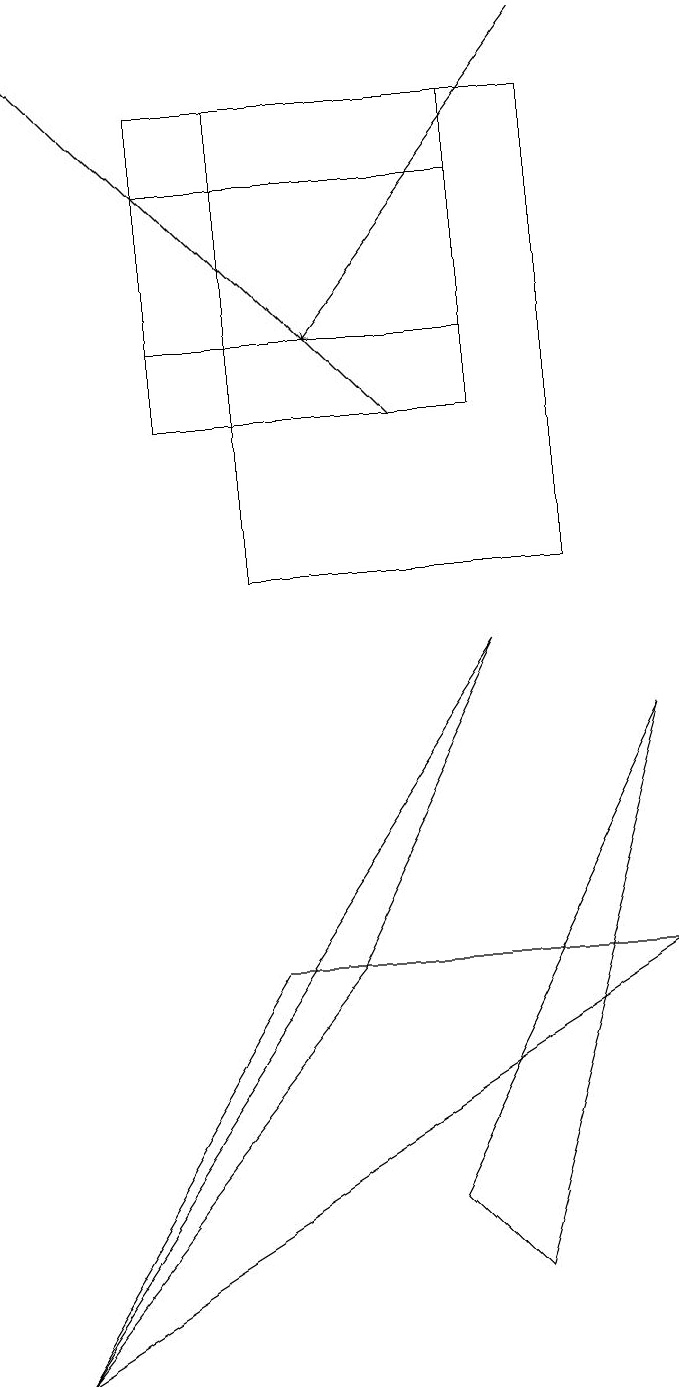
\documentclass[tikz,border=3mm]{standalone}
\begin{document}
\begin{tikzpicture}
\draw (8,16) rectangle (4,10);
\draw (3,13) rectangle (7,15);
\draw[->] (8,17) -- (5,13);
\draw (4,5) -- (9,5) -- (1,0) -- cycle;
\draw[->] (6,12) -- (1,17);
\draw (7,9) -- (5,5) -- (1,0) -- cycle;
\draw (7,1) -- (6,2) -- (9,8) -- cycle;
\draw (7,12) rectangle (3,16);
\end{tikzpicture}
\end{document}